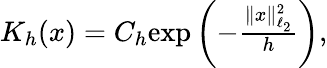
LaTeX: \begin{array}{r}{K_{h}(x)=C_{h}\mathrm{exp}\left(-\frac{\| x\| _{\ell_{2}}^{2}}{h}\right),}\end{array}